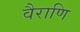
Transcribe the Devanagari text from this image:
वैराणि